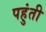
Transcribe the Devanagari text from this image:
पहुंती